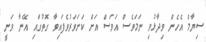
ސިޔާމް އެހެން ވިދާޅުވި ނަމަވެސް އަވަސް އަށް ކަށަވަރުވެފައިވާ ގޮތުގައި އޭނާ ވަނީ